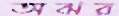
অঝর